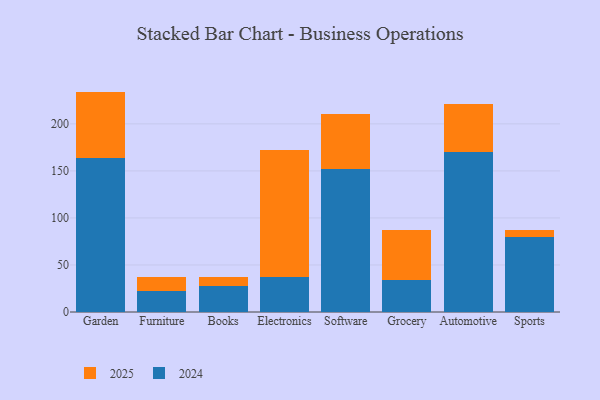
{"axis": {"x": "Category", "y": "Shipments"}, "legend": ["2024", "2025"], "data": [{"x": "Garden", "y": 163.7, "type": "2024"}, {"x": "Garden", "y": 70.6, "type": "2025"}, {"x": "Furniture", "y": 22.4, "type": "2024"}, {"x": "Furniture", "y": 15.1, "type": "2025"}, {"x": "Books", "y": 28.0, "type": "2024"}, {"x": "Books", "y": 9.4, "type": "2025"}, {"x": "Electronics", "y": 36.7, "type": "2024"}, {"x": "Electronics", "y": 135.7, "type": "2025"}, {"x": "Software", "y": 151.8, "type": "2024"}, {"x": "Software", "y": 58.2, "type": "2025"}, {"x": "Grocery", "y": 34.5, "type": "2024"}, {"x": "Grocery", "y": 52.6, "type": "2025"}, {"x": "Automotive", "y": 170.4, "type": "2024"}, {"x": "Automotive", "y": 50.3, "type": "2025"}, {"x": "Sports", "y": 79.5, "type": "2024"}, {"x": "Sports", "y": 8.0, "type": "2025"}]}